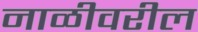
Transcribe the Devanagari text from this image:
नाळीवरील